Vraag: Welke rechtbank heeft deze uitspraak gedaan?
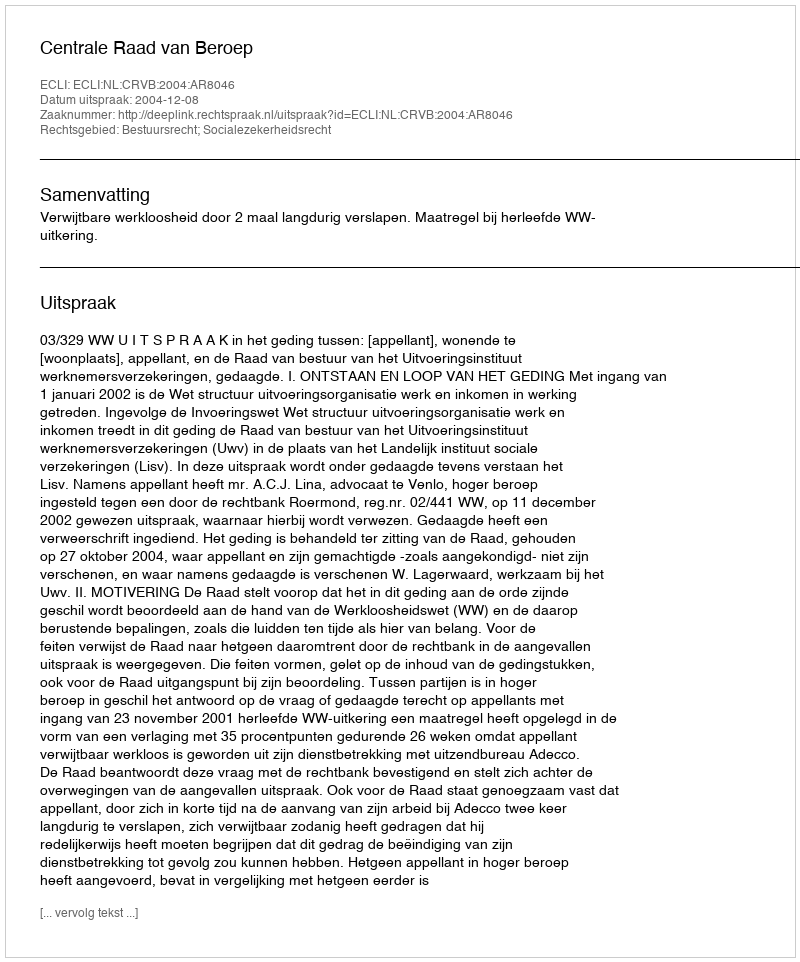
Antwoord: Centrale Raad van Beroep